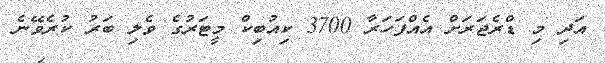
އަދި މި ޑްރެޖަރަށް އެއްފަހަރާ 3700 ކިއުބިކް މީޓަރުގެ ވެލި ބަރު ކުރެވޭނެ